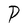
Character: P